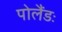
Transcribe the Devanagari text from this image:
पोलैंडः